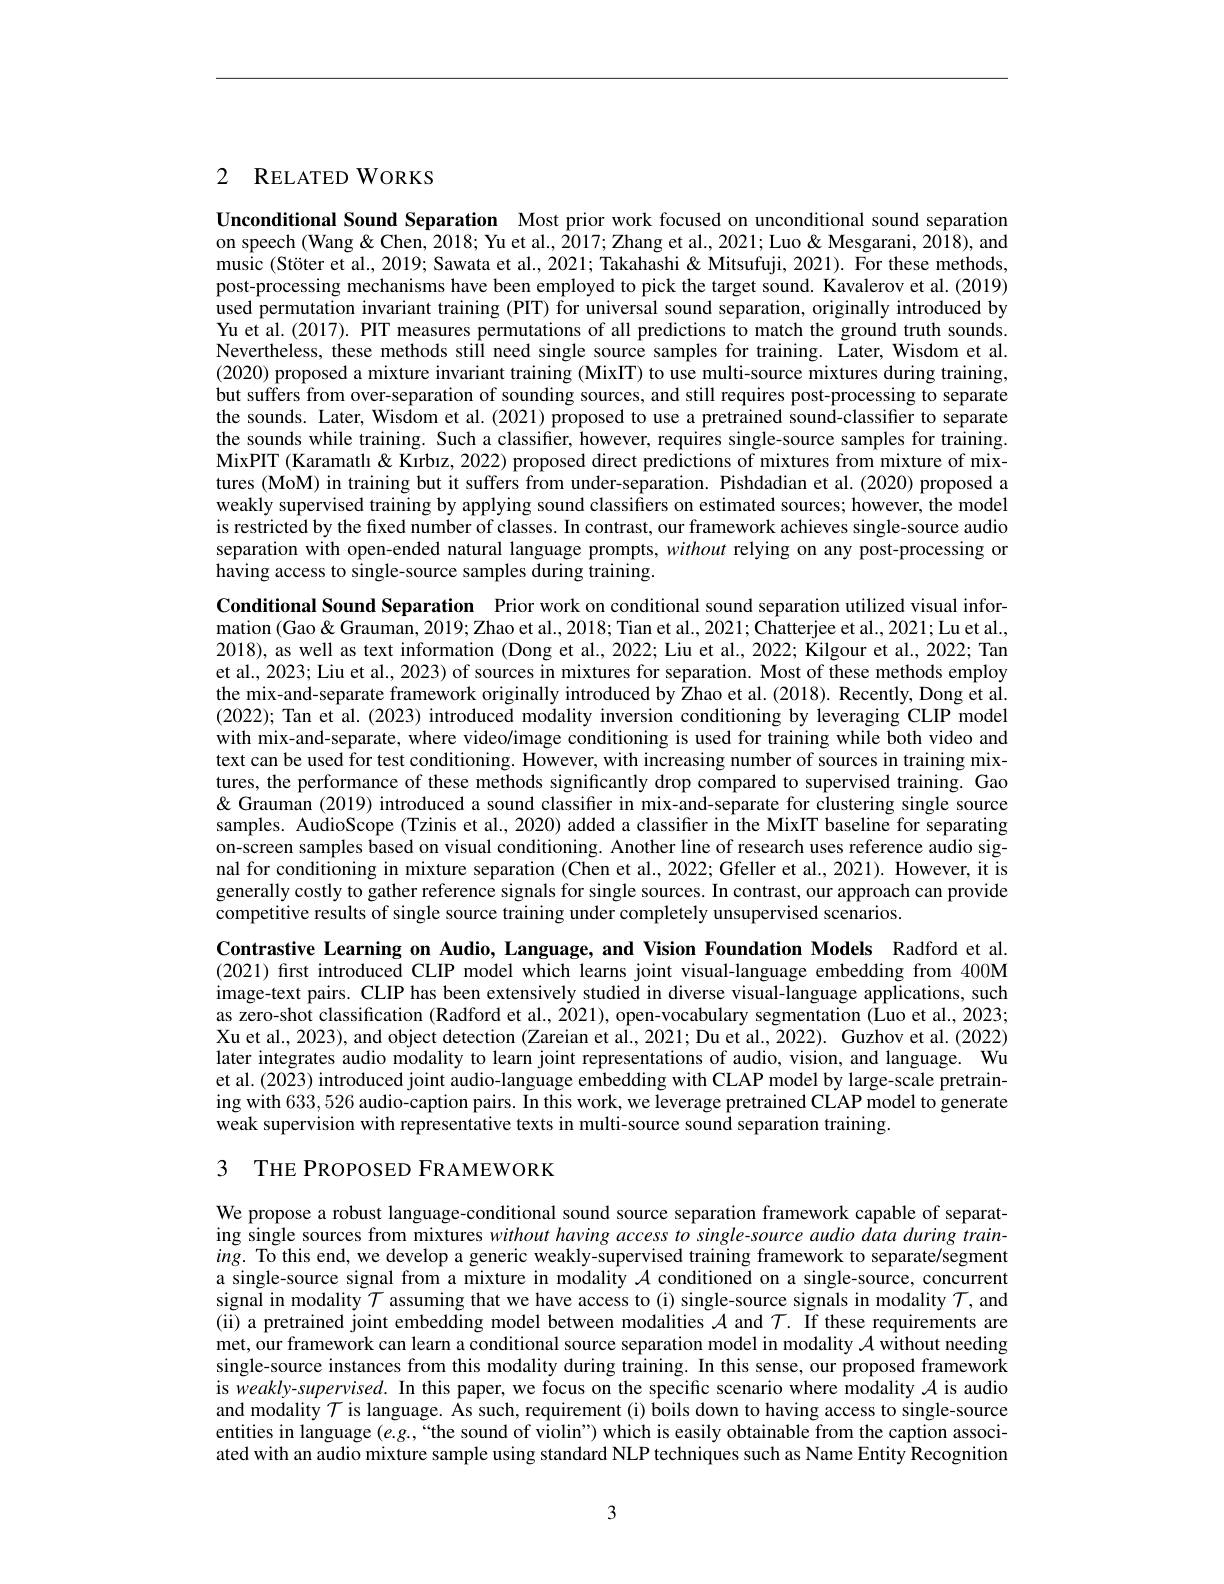
## 2 RELATED WORKS

Unconditional Sound Separation Most prior work focused on unconditional sound separation on speech (Wang & Chen, 2018; Yu et al., 2017; Zhang et al., 2021; Luo &Mesgarani, 2018), and music (Stöter et al., 2019; Sawata et al., 2021; Takahashi& Mitsufuji, 2021). For these methods, post-processing mechanisms have been employed to pick the target sound. Kavalerov et al. (2019) used permutation invariant training (PIT) for universal sound separation, originally introduced by Yu et al. (2017). PIT measures permutations of all predictions to match the ground truth sounds Nevertheless, these methods still need single source samples for training. Later, Wisdom et al. (2020) proposed a mixture invariant training (MixIT) to use multi-source mixtures during training, but suffers from over-separation of sounding sources, and still requires post-processing to separate the sounds. Later, Wisdom et al. (2021) proposed to use a pretrained sound-classifier to separate the sounds while training. Such a classifier, however, requires single-source samples for training. MixPIT (Karamatlı& Kirbız, 2022) proposed direct predictions of mixtures from mixture of mixtures (MoM) in training but it suffers from under-separation. Pishdadian et al. (2020) proposed a weakly supervised training by applying sound classifters on estimated sources; however, the model is restricted by the fixed number of classes. In contrast, our framework achieves single-source audio separation with open-ended natural language prompts, without relying on any post-processing or having access to single-source samples during training.

Conditional Sound Separation Prior work on conditional sound separation utilized visual information (Gao& Grauman, 2019; Zhao et al., 2018; Tian et al., 2021; Chatterjee et al., 2021; Lu et al., 2018), as well as text information (Dong et al., 2022; Liu et al., 2022; Kilgour et al., 2022; Tan et al., 2023; Liu et al., 2023) of sources in mixtures for separation. Most of these methods employ the mix-and-separate framework originally introduced by Zhao et al.(2018). Recently, Dong et al. (2022); Tan et al. (2023) introduced modality inversion conditioning by leveraging CLIP model with mix-and-separate, where video/image conditioning is used for training while both video and text can be used for test conditioning. However, with increasing number of sources in training mixtures, the performance of these methods significantly drop compared to supervised training. Gao & Grauman (2019) introduced a sound classifier in mix-and-separate for clustering single source samples. AudioScope (Tzinis et al., 2020) added a classifier in the MixIT baseline for separating on-screen samples based on visual conditioning. Another line of research uses reference audio signal for conditioning in mixture separation (Chen et al., 2022; Gfeller et al., 2021). However, it is generally costly to gather reference signals for single sources. In contrast, our approach can provide competitive results of single source training under completely unsupervised scenarios.

Contrastive Learning on Audio, Language, and Vision Foundation Models Radford et al. (2021) first introduced CLIP model which learns joint visual-language embedding from 400M image-text pairs. CLIP has been extensively studied in diverse visual-language applications, such as zero-shot classification (Radford et al., 2021), open-vocabulary segmentation (Luo et al., 2023; Xu et al., 2023), and object detection (Zareian et al., 2021; Du et al., 2022). Guzhov et al. (2022) later integrates audio modality to learn joint representations of audio, vision, and language. Wu et al. (2023) introduced joint audio-language embedding with CLAP model by large-scale pretraining with 633,526 audio-caption pairs. In this work, we leverage pretrained CLAP model to generate weak supervision with representative texts in multi-source sound separation training

3 THE PROPOSED FRAMEWORK

We propose a robust language-conditional sound source separation framework capable of separating single sources from mixtures without having access to single-source audio data during train- $ing.$ To this end, we develop a generic weakly-supervised training framework to separate/segment a single-source signal from a mixture in modality $\mathcal{A}$ conditioned on a single-source, concurrent signal in modality $\mathcal{T}$ assuming that we have access to(i) single-source signals in modality $\mathcal{T}$, and (ii) a pretrained joint embedding model between modalities $\mathcal{A}$ and $\mathcal{T}.$ If these requirements are met, our framework can learn a conditional source separation model in modality $\mathcal{A}$ without needing single-source instances from this modality during training. In this sense, our proposed framework is weakly-supervised. In this paper, we focus on the specific scenario where modality $\mathcal{A}$ is audio and modality $\tau$ is language. Âs such, requirement(i) boils down to having access to single-source entities in language $(e.g.,“$the sound of violin") which is easily obtainable from the caption associated with an audio mixture sample using standard NLP techniques such as Name Entity Recognition

3